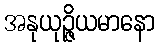
အနုယုဉ္ဇိယမာနော